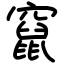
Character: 竄